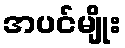
အပင်မျိုး